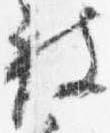
被